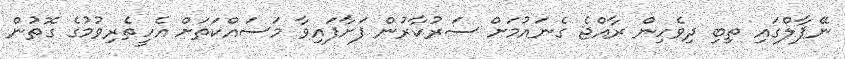
ނޭޕާލްގައި ތިބި ދިވެހިން ރާއްޖެ ގެނައުމަށް ސަރުކާރުން ފަށާފައިވާ މަސައްކަތަށް އެހީތެރިވުމުގެ ގޮތުން